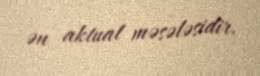
ən aktual məsələsidir.